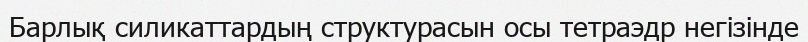
Барлық силикаттардың структурасын осы тетраэдр негізінде